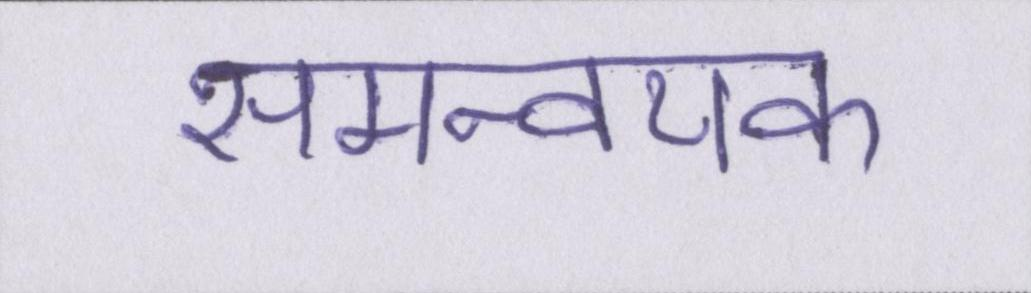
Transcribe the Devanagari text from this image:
समन्वयक